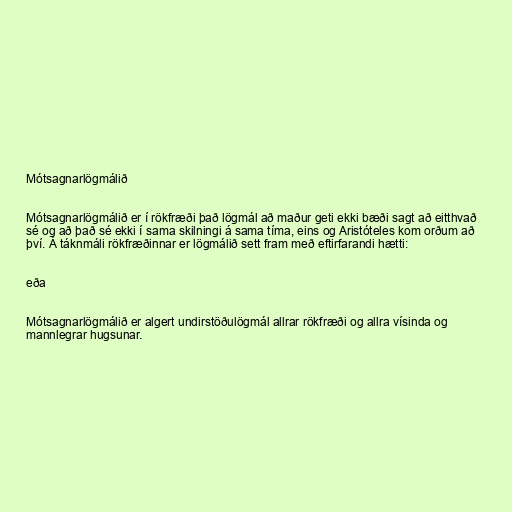
Mótsagnarlögmálið

Mótsagnarlögmálið er í rökfræði það lögmál að maður geti ekki bæði sagt að eitthvað
sé og að það sé ekki í sama skilningi á sama tíma, eins og Aristóteles kom orðum að
því. Á táknmáli rökfræðinnar er lögmálið sett fram með eftirfarandi hætti:

eða

Mótsagnarlögmálið er algert undirstöðulögmál allrar rökfræði og allra vísinda og
mannlegrar hugsunar.